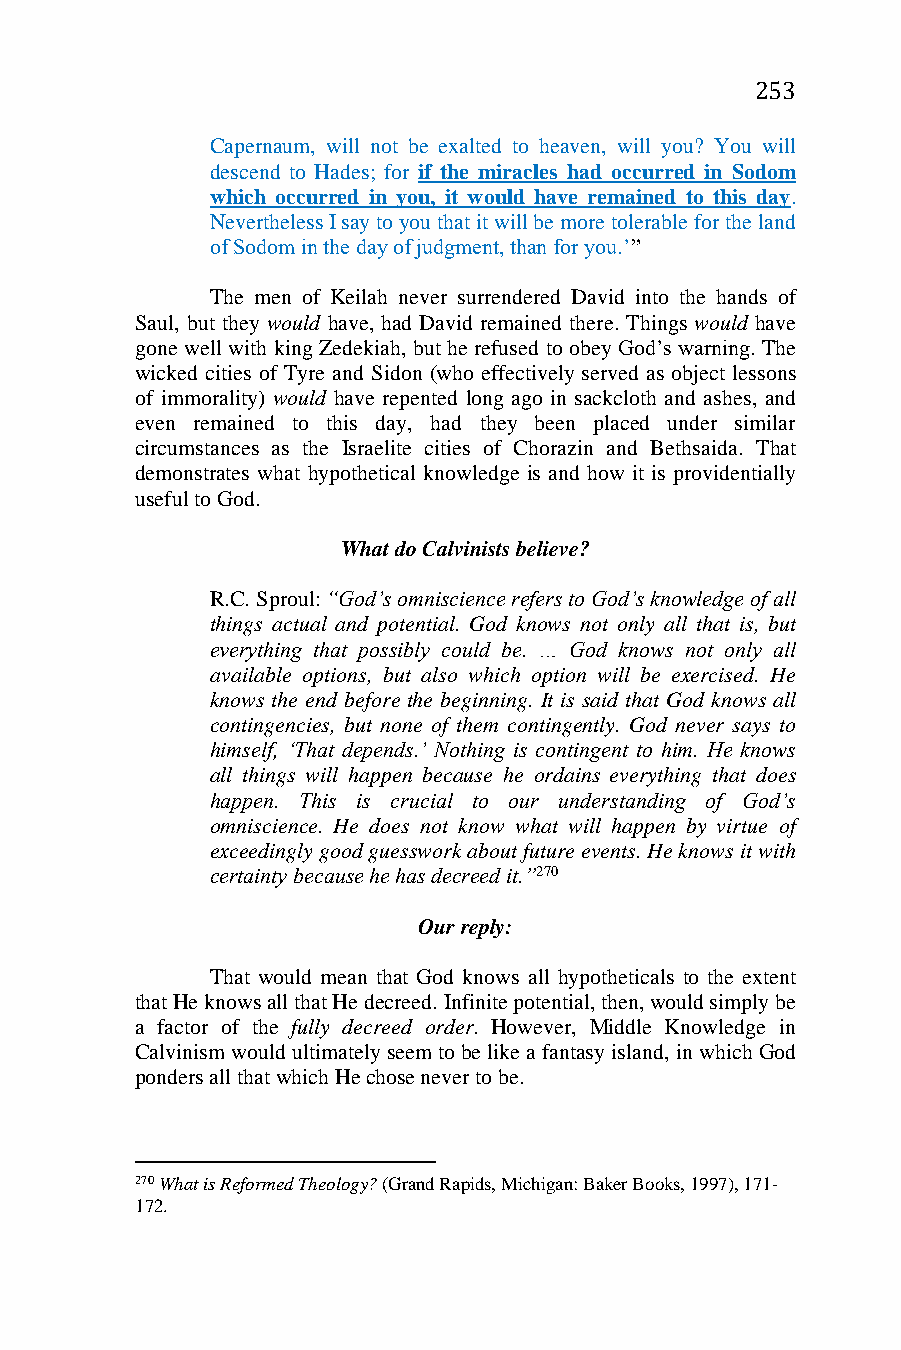
253
 Capernaum, will not be exalted to heaven, will you? You will
 descend to Hades; for if the miracles had occurred in Sodom
 which occurred in you, it would have remained to this day.
 Nevertheless I say to you that it will be more tolerable for the land
 of Sodom in the day of judgment, than for you.’”
 The men of Keilah never surrendered David into the hands of
 Saul, but they would have, had David remained there. Things would have
 gone well with king Zedekiah, but he refused to obey God’s warning. The
 wicked cities of Tyre and Sidon (who effectively served as object lessons
 of immorality) would have repented long ago in sackcloth and ashes, and
 even remained to this day, had they been placed under similar
 circumstances as the Israelite cities of Chorazin and Bethsaida. That
 demonstrates what hypothetical knowledge is and how it is providentially
 useful to God.
 What do Calvinists believe?
 R.C. Sproul: “God’s omniscience refers to God’s knowledge of all
 things actual and potential. God knows not only all that is, but
 everything that possibly could be. … God knows not only all
 available options, but also which option will be exercised. He
 knows the end before the beginning. It is said that God knows all
 contingencies, but none of them contingently. God never says to
 himself, ‘That depends.’ Nothing is contingent to him. He knows
 all things will happen because he ordains everything that does
 happen. This is crucial to our understanding of God’s
 omniscience. He does not know what will happen by virtue of
 exceedingly good guesswork about future events. He knows it with
 certainty because he has decreed it.”270
 Our reply:
 That would mean that God knows all hypotheticals to the extent
 that He knows all that He decreed. Infinite potential, then, would simply be
 a factor of the fully decreed order. However, Middle Knowledge in
 Calvinism would ultimately seem to be like a fantasy island, in which God
 ponders all that which He chose never to be.
 270 What is Reformed Theology? (Grand Rapids, Michigan: Baker Books, 1997), 171-
 172.